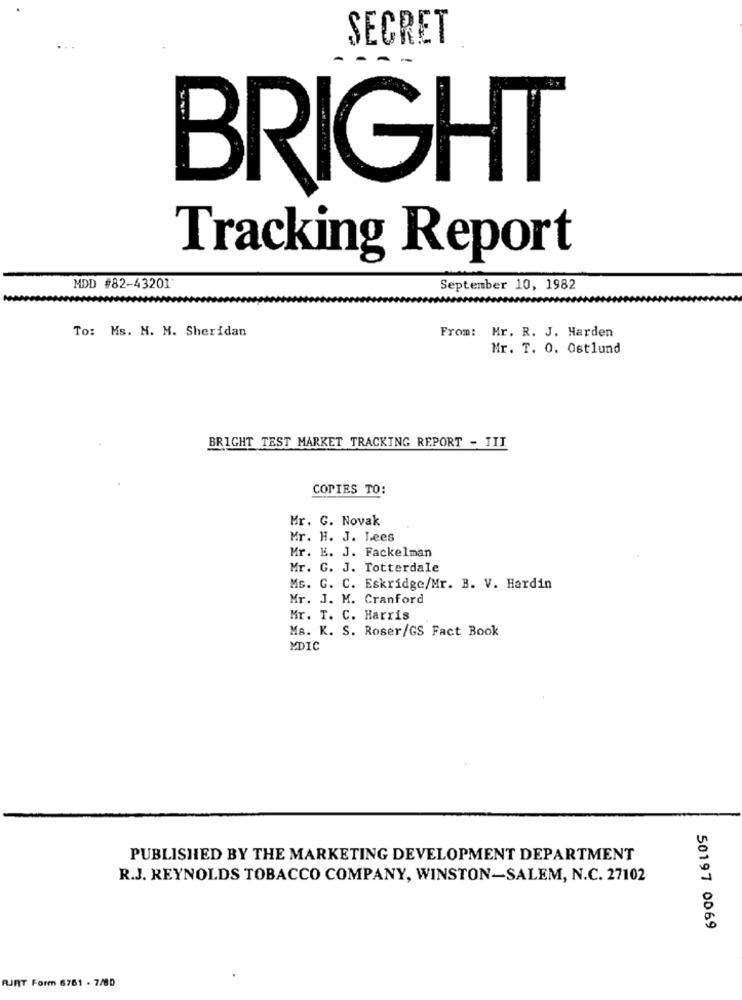
SECRET
--
BRIGHT
Tracking Report
MDD #82-43201
September 10, 1982
To: Ms. N. M. Sheridan
From: Mr. R. J. Harden
Mr. T. 0. Ostlund
BRIGHT TEST MARKET TRACKING REPORT - TIT
COPIES TO:
Mr. G. Novak
Mr. H. J. Lees
Mr. E. J. Fackelman
Mr. G. J. Totterdale
Ms. G. C. Eskridge/Mr. B. V. Hardin
Mr. J. M. Cranford
Mr. T. C. Harris
Ms. K. S. Roser/GS Fact Book
MDIC
PUBLISHED BY THE MARKETING DEVELOPMENT DEPARTMENT
R.J. REYNOLDS TOBACCO COMPANY, WINSTON-SALEM, N.C. 27102
50197 0069
RJRT Form 6761 . 7/80